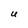
Character: U